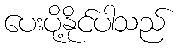
ပေးပို့နိုင်ပါသည်